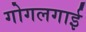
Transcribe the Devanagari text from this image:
गोगलगाई